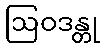
ဩဝဒန္တု